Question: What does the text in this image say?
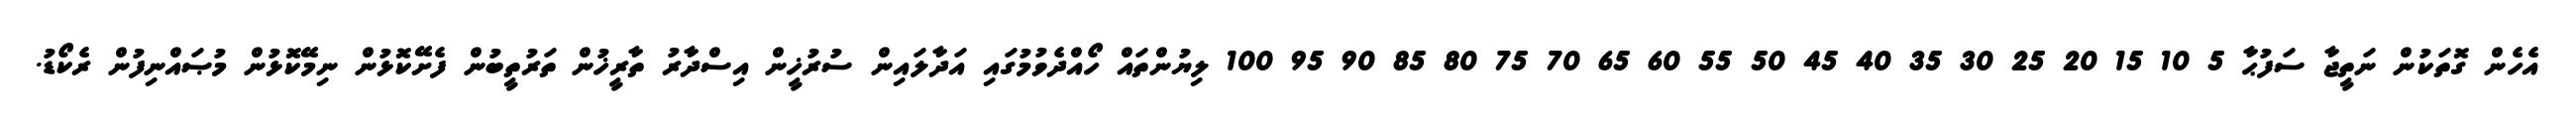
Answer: އެހެން ގޮތަކުން ނަތީޖާ ސަފުޙާ 5 10 15 20 25 30 35 40 45 50 55 60 65 70 75 80 85 90 95 100 ލިޔުންތައް ހޯއްދެވުމުގައި އަދާލައިން ސުރުޚީން އިސްދާރު ތާރީޚުން ތަރުތީބުން ފެށޭކޮޅުން ނިމޭކޮޅުން މުޞައްނިފުން ރެކޯޑު.